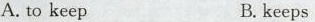
A. to keep B. keeps